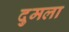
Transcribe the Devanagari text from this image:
दुमला